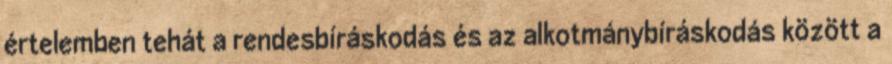
értelemben tehát a rendesbíráskodás és az alkotmánybíráskodás között a